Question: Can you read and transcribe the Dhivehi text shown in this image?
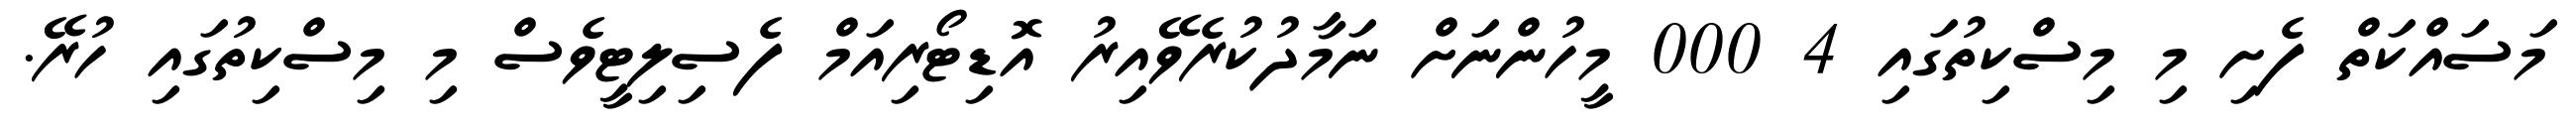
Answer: މަސައްކަތް ފެށި މި މިސްކިތުގައި 4 000 މީހުންނަށް ނަމާދުކުރެވޭއިރު އޮޑިޓޯރިއަމް ފެސިލިޓީވެސް މި މިސްކިތުގައި ހުރޭ.